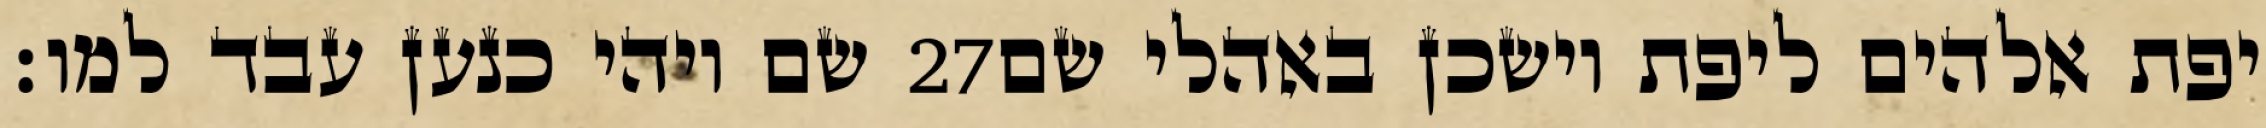
שם ויהי כנען עבד למו׃ ‎27‏ יפת אלהים ליפת וישכן באהלי שם